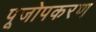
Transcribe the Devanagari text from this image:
पूजोपकरण